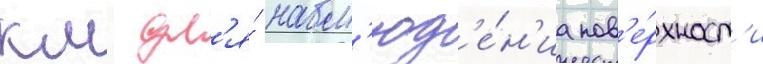
км дл'я́ набл'юд'е́н'иа пов'е́рхност'и